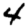
Digit: 4